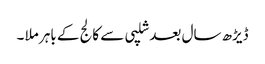
ڈیڑھ سال بعد شلپی سے کالج کے باہر ملا ۔